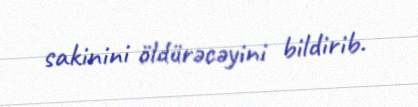
sakinini öldürəcəyini bildirib.